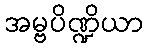
အမ္ဗပိဏ္ဍိယာ